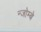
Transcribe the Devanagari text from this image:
न्जोम्बे